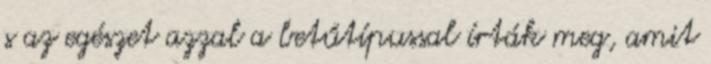
s az egészet azzal a betűtípussal írták meg, amit